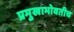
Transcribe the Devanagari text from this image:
प्रमुखाभोवतीच